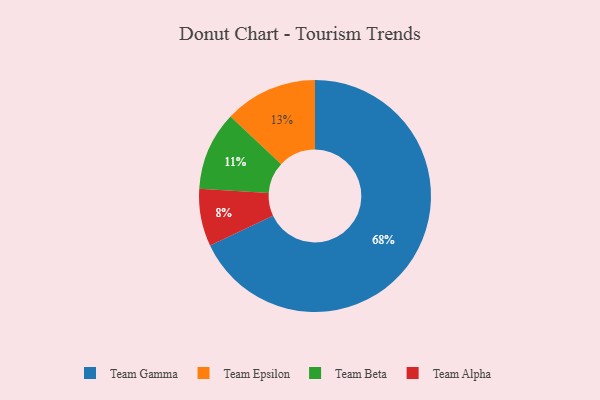
{"axis": {"x": "Category", "y": "Percentage"}, "legend": ["Team Alpha", "Team Beta", "Team Epsilon", "Team Gamma"], "data": [{"x": "Team Gamma", "y": 68, "type": "Team Gamma"}, {"x": "Team Alpha", "y": 8, "type": "Team Alpha"}, {"x": "Team Beta", "y": 11, "type": "Team Beta"}, {"x": "Team Epsilon", "y": 13, "type": "Team Epsilon"}]}